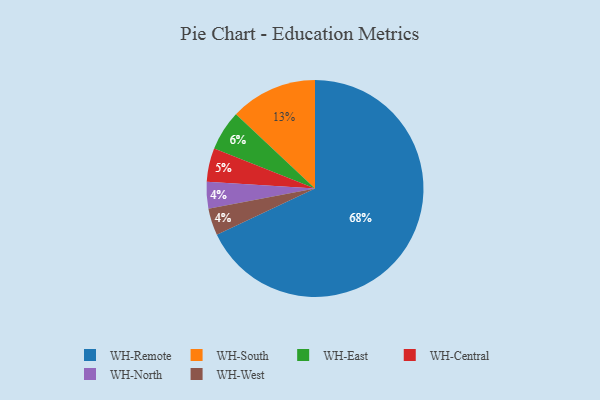
{"axis": {"x": "Category", "y": "Percentage"}, "legend": ["WH-Central", "WH-East", "WH-North", "WH-Remote", "WH-South", "WH-West"], "data": [{"x": "WH-Remote", "y": 68, "type": "WH-Remote"}, {"x": "WH-North", "y": 4, "type": "WH-North"}, {"x": "WH-West", "y": 4, "type": "WH-West"}, {"x": "WH-Central", "y": 5, "type": "WH-Central"}, {"x": "WH-East", "y": 6, "type": "WH-East"}, {"x": "WH-South", "y": 13, "type": "WH-South"}]}